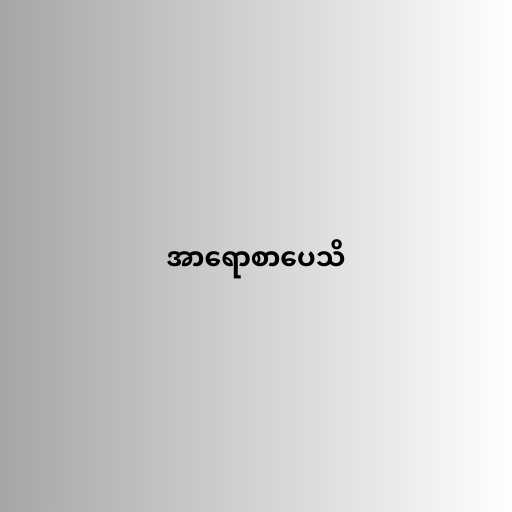
အာရောစာပေသိ